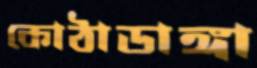
কোঠাডাঙ্গা